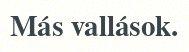
Más vallások.